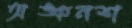
অঙ্কনশ